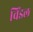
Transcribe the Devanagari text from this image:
विंडल